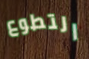
التطوع